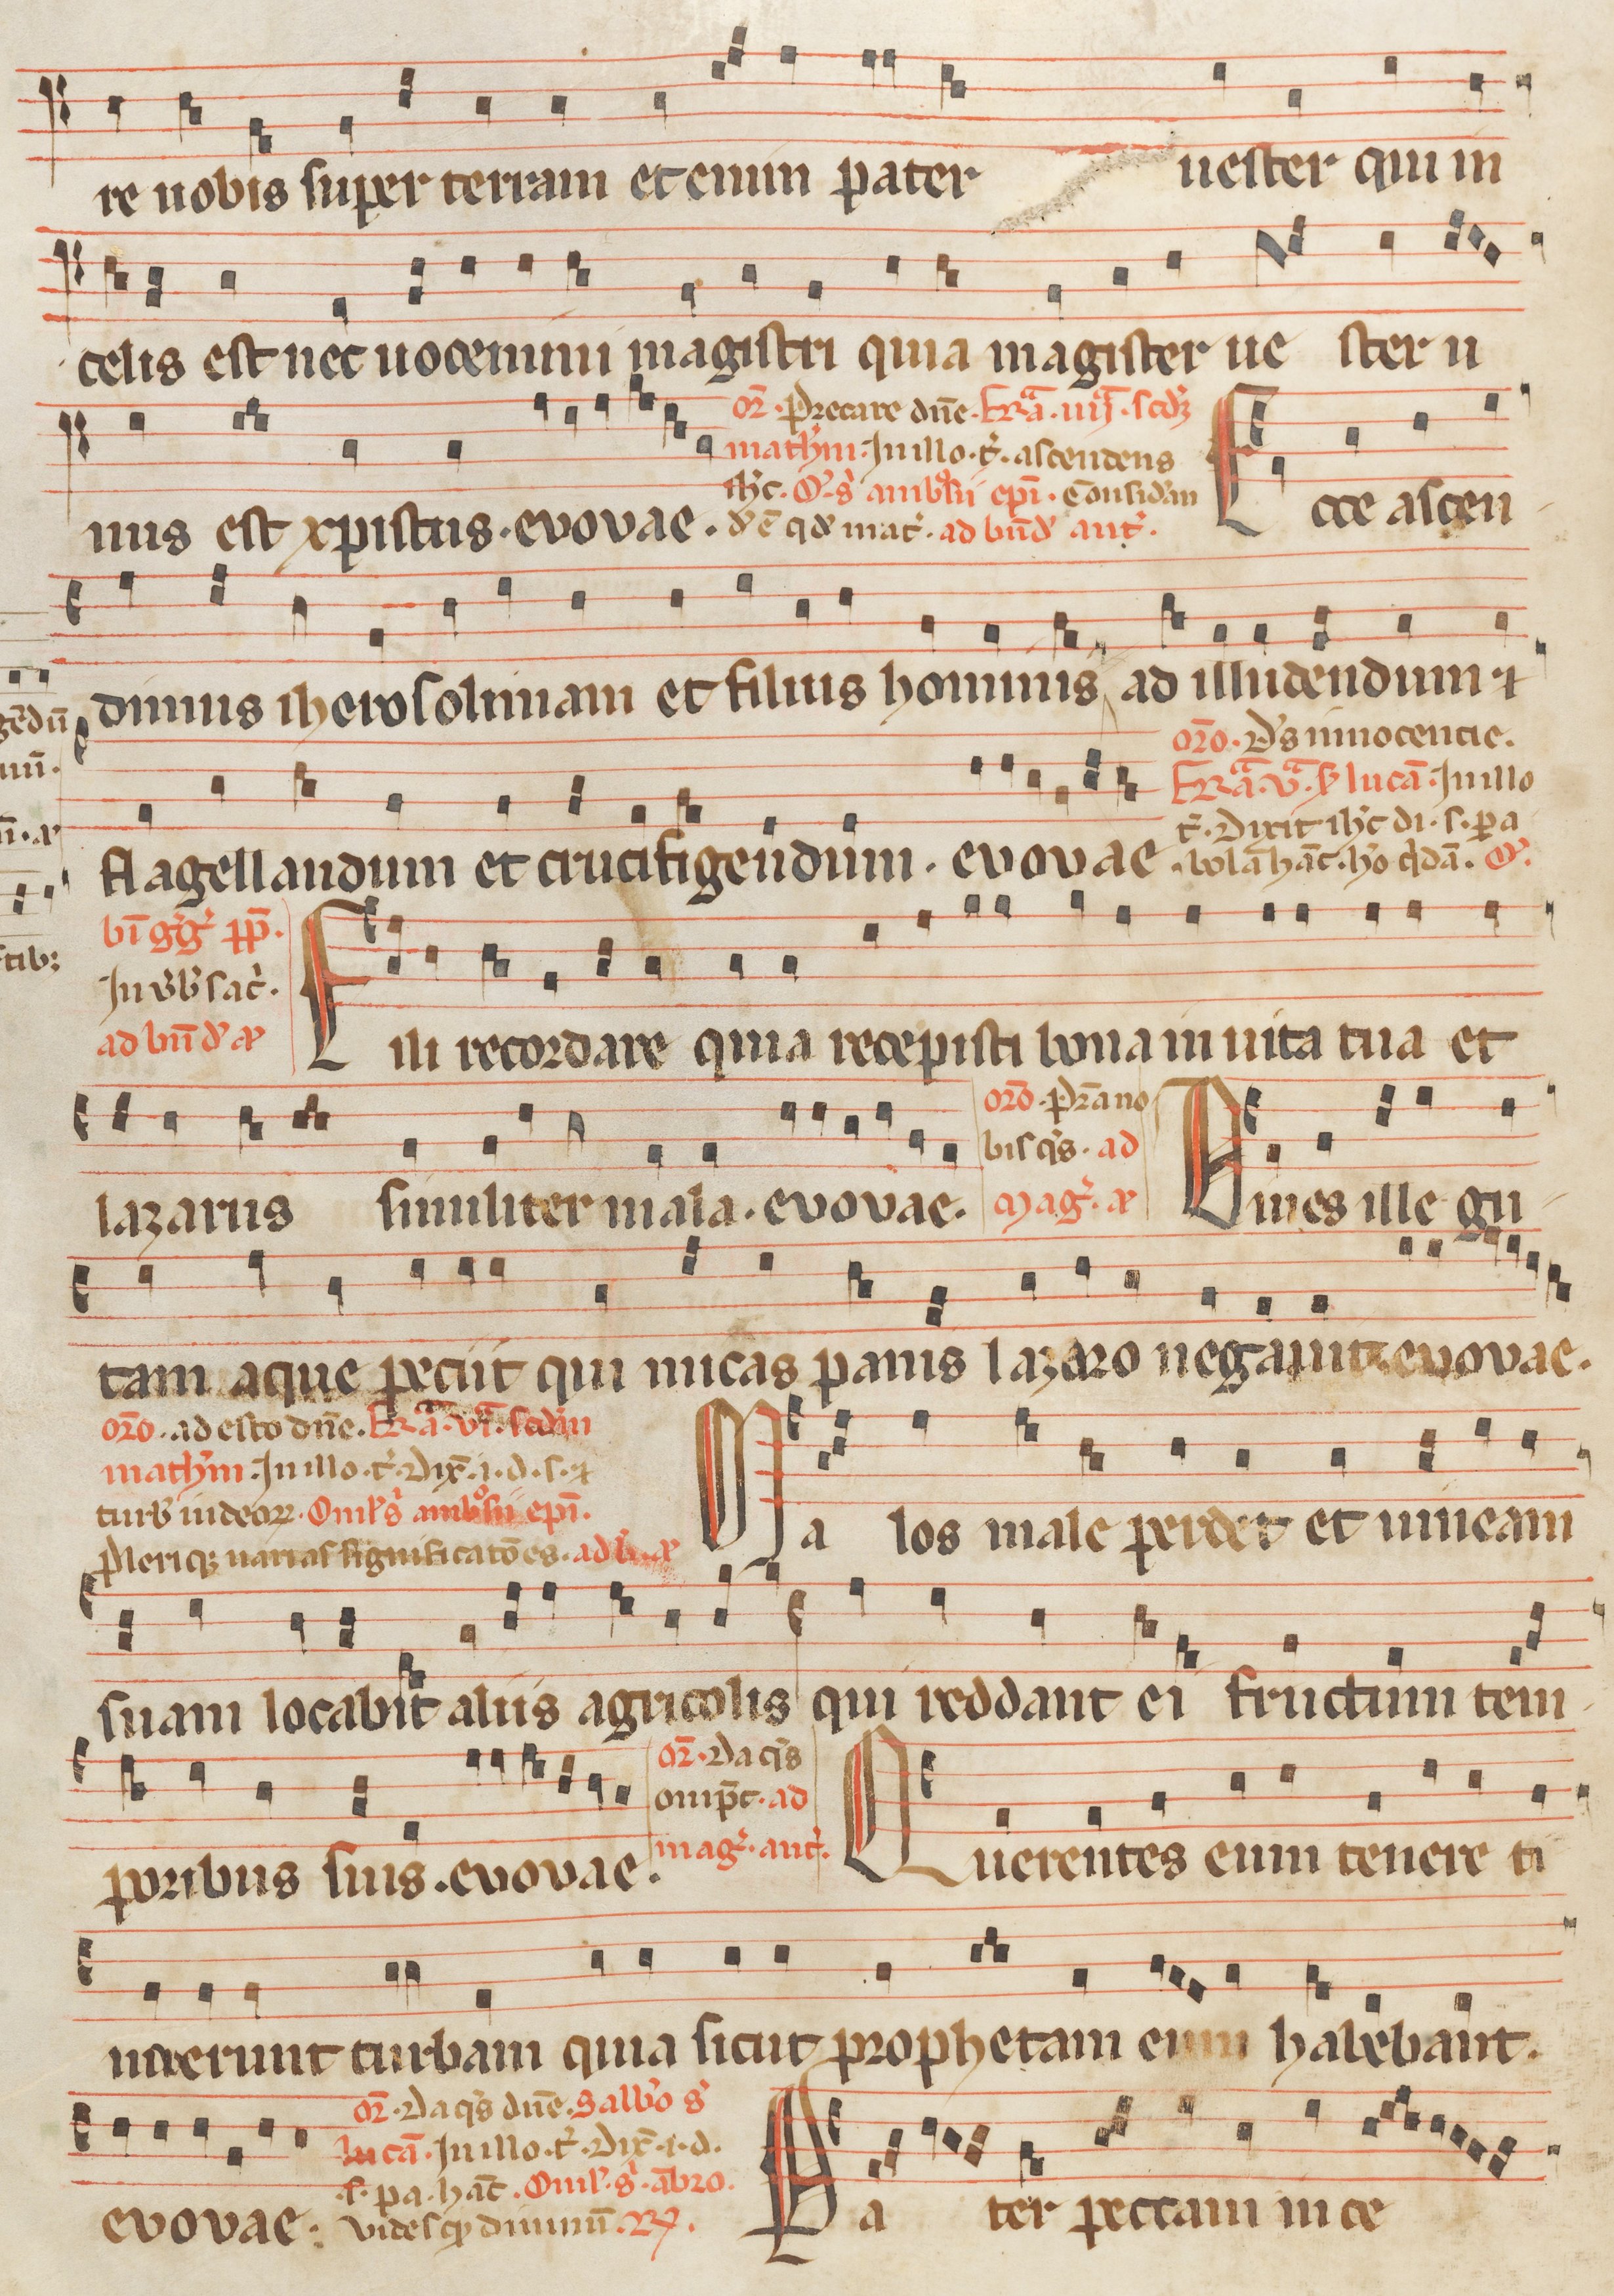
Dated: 1260–1315